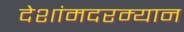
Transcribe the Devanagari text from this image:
देशांमदरम्यान